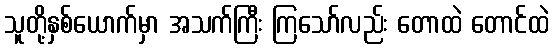
သူတို့နှစ်ယောက်မှာ အသက်ကြီး ကြသော်လည်း တောထဲ တောင်ထဲ